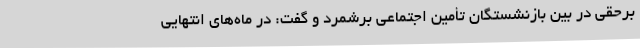
برحقی در بین بازنشستگان تأمین اجتماعی برشمرد و گفت: در ماه‌های انتهایی